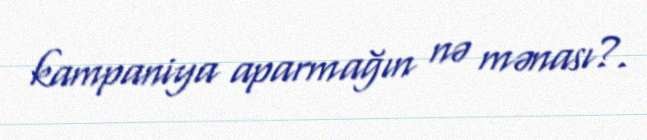
kampaniya aparmağın nə mənası?.